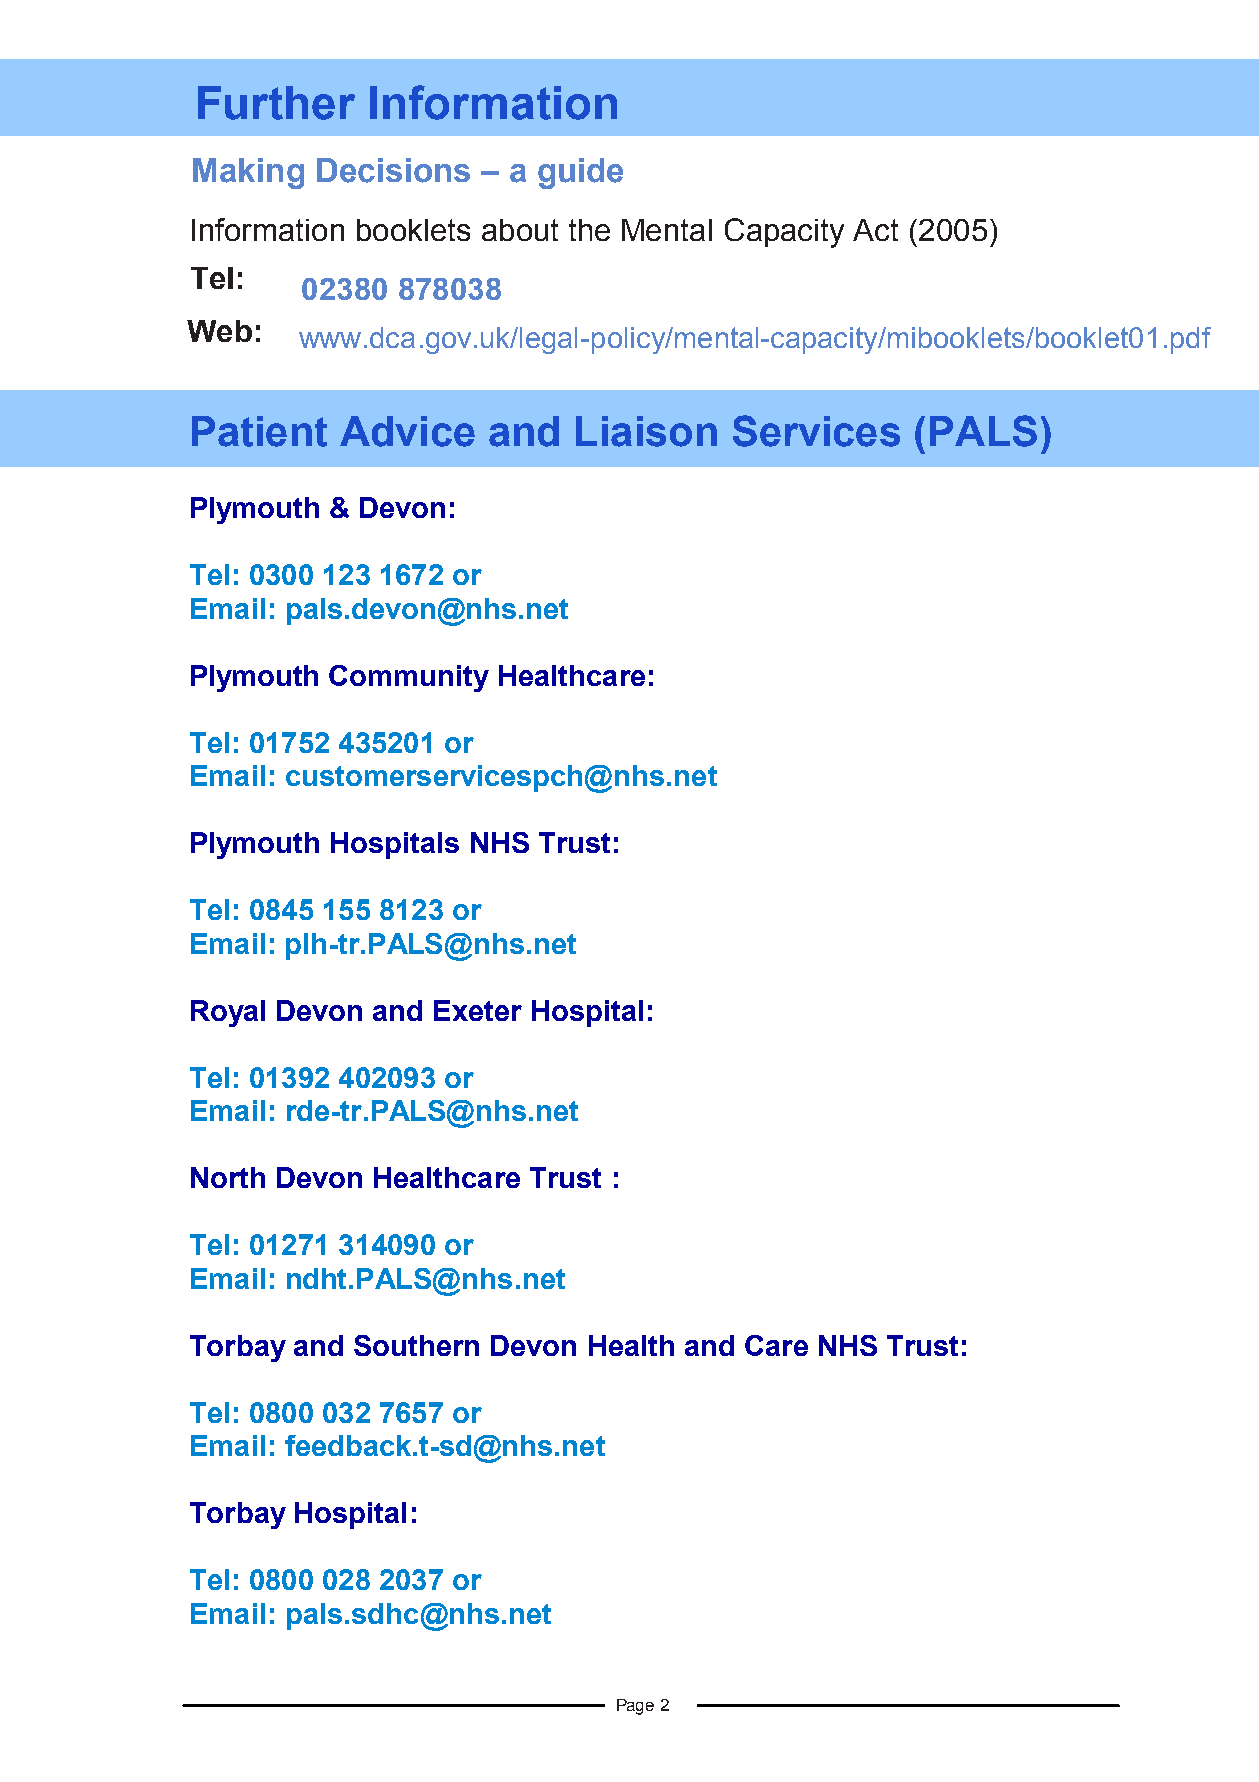
Further    Information
 M aking Decisions  – a guide
 Information booklets about the Mental Capacity Act (2005)
 Tel:
 02380 878038
 Web:
 www.dca.gov.uk/legal-policy/mental-capacity/mibooklets/booklet01.pdf
 Patient  Advice    and   Liaison   Services    (PALS)
 Plymouth & Devon:
 Tel: 0300 123 1672 or
 Email: pals.devon@nhs.net
 Plymouth Community  Healthcare:
 Tel: 01752 435201 or
 Email: customerservicespch@nhs.net
 Plymouth Hospitals NHS Trust:
 Tel: 0845 155 8123 or
 Email: plh-tr.PALS@nhs.net
 Royal Devon and Exeter Hospital:
 Tel: 01392 402093 or
 Email: rde-tr.PALS@nhs.net
 North Devon Healthcare Trust :
 T el: 01271 314090 or
 Email: ndht.PALS@nhs.net
 Torbay and Southern Devon Health and Care NHS Trust:
 Tel: 0800 032 7657 or
 Email: feedback.t-sd@nhs.net
 Torbay Hospital:
 Tel: 0800 028 2037 or
 Email: pals.sdhc@nhs.net
 Page 2